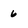
Character: 6